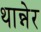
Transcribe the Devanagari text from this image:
थान्नेर